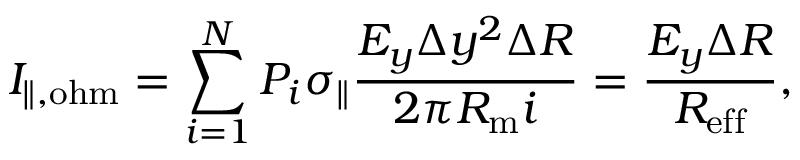
I _ { \| , \mathrm { o h m } } = \sum _ { i = 1 } ^ { N } P _ { i } \sigma _ { \| } \frac { E _ { y } \Delta y ^ { 2 } \Delta R } { 2 \pi R _ { \mathrm { m } } i } = \frac { E _ { y } \Delta R } { R _ { \mathrm { e f f } } } ,